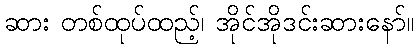
ဆား တစ်ထုပ်ထည့်၊ အိုင်အိုဒင်းဆားနော်။